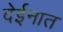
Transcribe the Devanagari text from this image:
देईनात